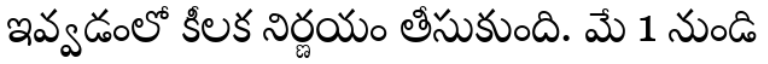
ఇవ్వడంలో కీలక నిర్ణయం తీసుకుంది. మే 1 నుండి